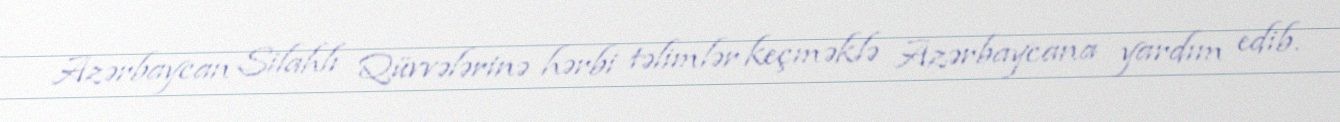
Azərbaycan Silahlı Qüvvələrinə hərbi təlimlər keçməklə Azərbaycana yardım edib.